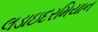
લડાઇદરમિયાન